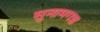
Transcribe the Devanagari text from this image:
सुनामगञ्ज